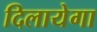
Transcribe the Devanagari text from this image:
दिलायेगा